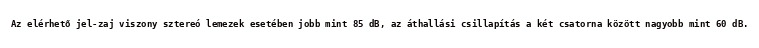
Az elérhető jel-zaj viszony sztereó lemezek esetében jobb mint 85 dB, az áthallási csillapítás a két csatorna között nagyobb mint 60 dB.